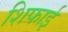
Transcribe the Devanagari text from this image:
शिफाई